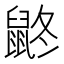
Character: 鼨